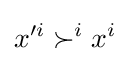
x'^{i}\succ ^{i}x^{i}